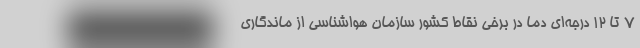
7 تا 12 درجه‌ای دما در برخی نقاط کشور سازمان هواشناسی از ماندگاری